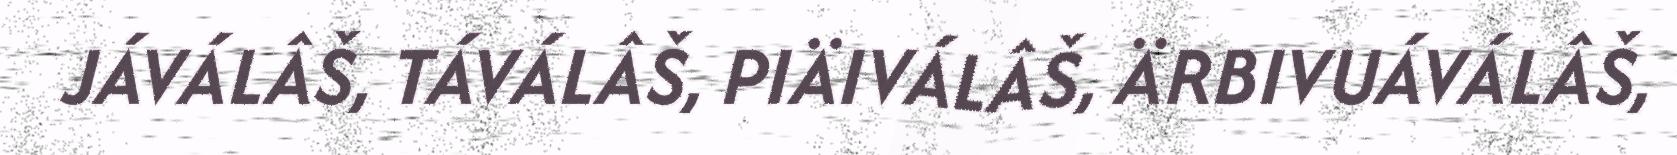
JÁVÁLÂŠ, TÁVÁLÂŠ, PIÄIVÁLÂŠ, ÄRBIVUÁVÁLÂŠ,